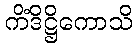
ကိံဒိဋ္ဌိကောသိ